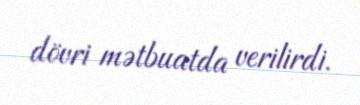
dövri mətbuatda verilirdi.